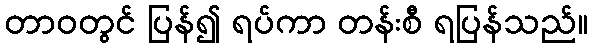
တာဝတွင် ပြန်၍ ရပ်ကာ တန်းစီ ရပြန်သည်။